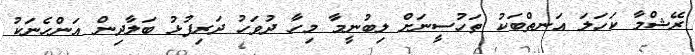
ރޭޝްމާ ކަހަލަ އަނތްބަކު ތަހުސީނަށް ލިބުނީމާ މިހާ ދުވަހު ދަރިފުޅު ބަލާދިން އަންހެނަކު